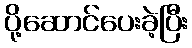
ပို့ဆောင်ပေးခဲ့ပြီး